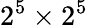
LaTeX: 2^{5}\times 2^{5}